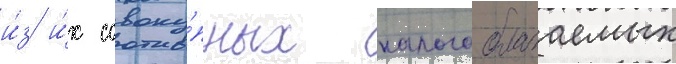
и́з и́х совоку́пных налогооблагаемых